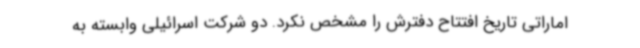
اماراتی تاریخ افتتاح دفترش را مشخص نکرد. دو شرکت اسرائیلی وابسته به